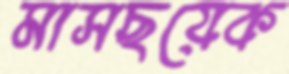
মাসছয়েক